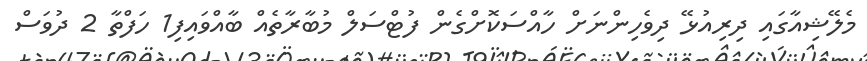
މެލޭޝިއާގައި ދިރިއުޅޭ ދިވެހިންނަށް ހާއްސަކޮށްގެން ފުޓްސަލް މުބާރާތެއް ބާއްވައިފި1 ހަފްތާ 2 ދުވަސް